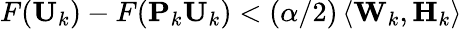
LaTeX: F(\mathbf{U}_{k})-F(\mathbf{P}_{k}\mathbf{U}_{k})<(\alpha/2)\left\langle\mathbf{W}_{k},\mathbf{H}_{k}\right\rangle